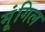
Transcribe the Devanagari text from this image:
मूंगिल